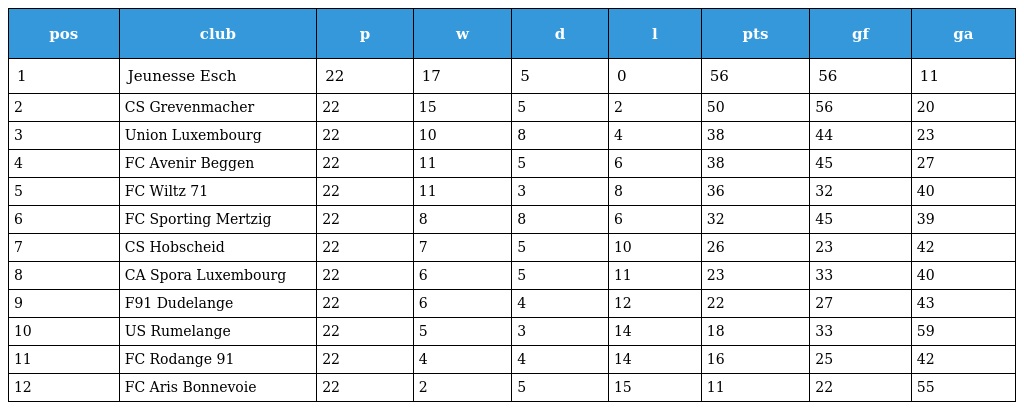
| pos | club | p | w | d | l | pts | gf | ga |
 | --- | --- | --- | --- | --- | --- | --- | --- | --- |
 | 1 | Jeunesse Esch | 22 | 17 | 5 | 0 | 56 | 56 | 11 |
 | 2 | CS Grevenmacher | 22 | 15 | 5 | 2 | 50 | 56 | 20 |
 | 3 | Union Luxembourg | 22 | 10 | 8 | 4 | 38 | 44 | 23 |
 | 4 | FC Avenir Beggen | 22 | 11 | 5 | 6 | 38 | 45 | 27 |
 | 5 | FC Wiltz 71 | 22 | 11 | 3 | 8 | 36 | 32 | 40 |
 | 6 | FC Sporting Mertzig | 22 | 8 | 8 | 6 | 32 | 45 | 39 |
 | 7 | CS Hobscheid | 22 | 7 | 5 | 10 | 26 | 23 | 42 |
 | 8 | CA Spora Luxembourg | 22 | 6 | 5 | 11 | 23 | 33 | 40 |
 | 9 | F91 Dudelange | 22 | 6 | 4 | 12 | 22 | 27 | 43 |
 | 10 | US Rumelange | 22 | 5 | 3 | 14 | 18 | 33 | 59 |
 | 11 | FC Rodange 91 | 22 | 4 | 4 | 14 | 16 | 25 | 42 |
 | 12 | FC Aris Bonnevoie | 22 | 2 | 5 | 15 | 11 | 22 | 55 |